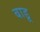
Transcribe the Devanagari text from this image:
बाडू